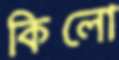
কিলো